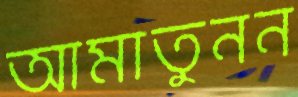
আমাতুনন